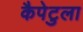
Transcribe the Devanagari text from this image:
कैपेटुला